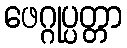
ဖေဂ္ဂုပ္ပတ္တာ